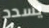
يسدد